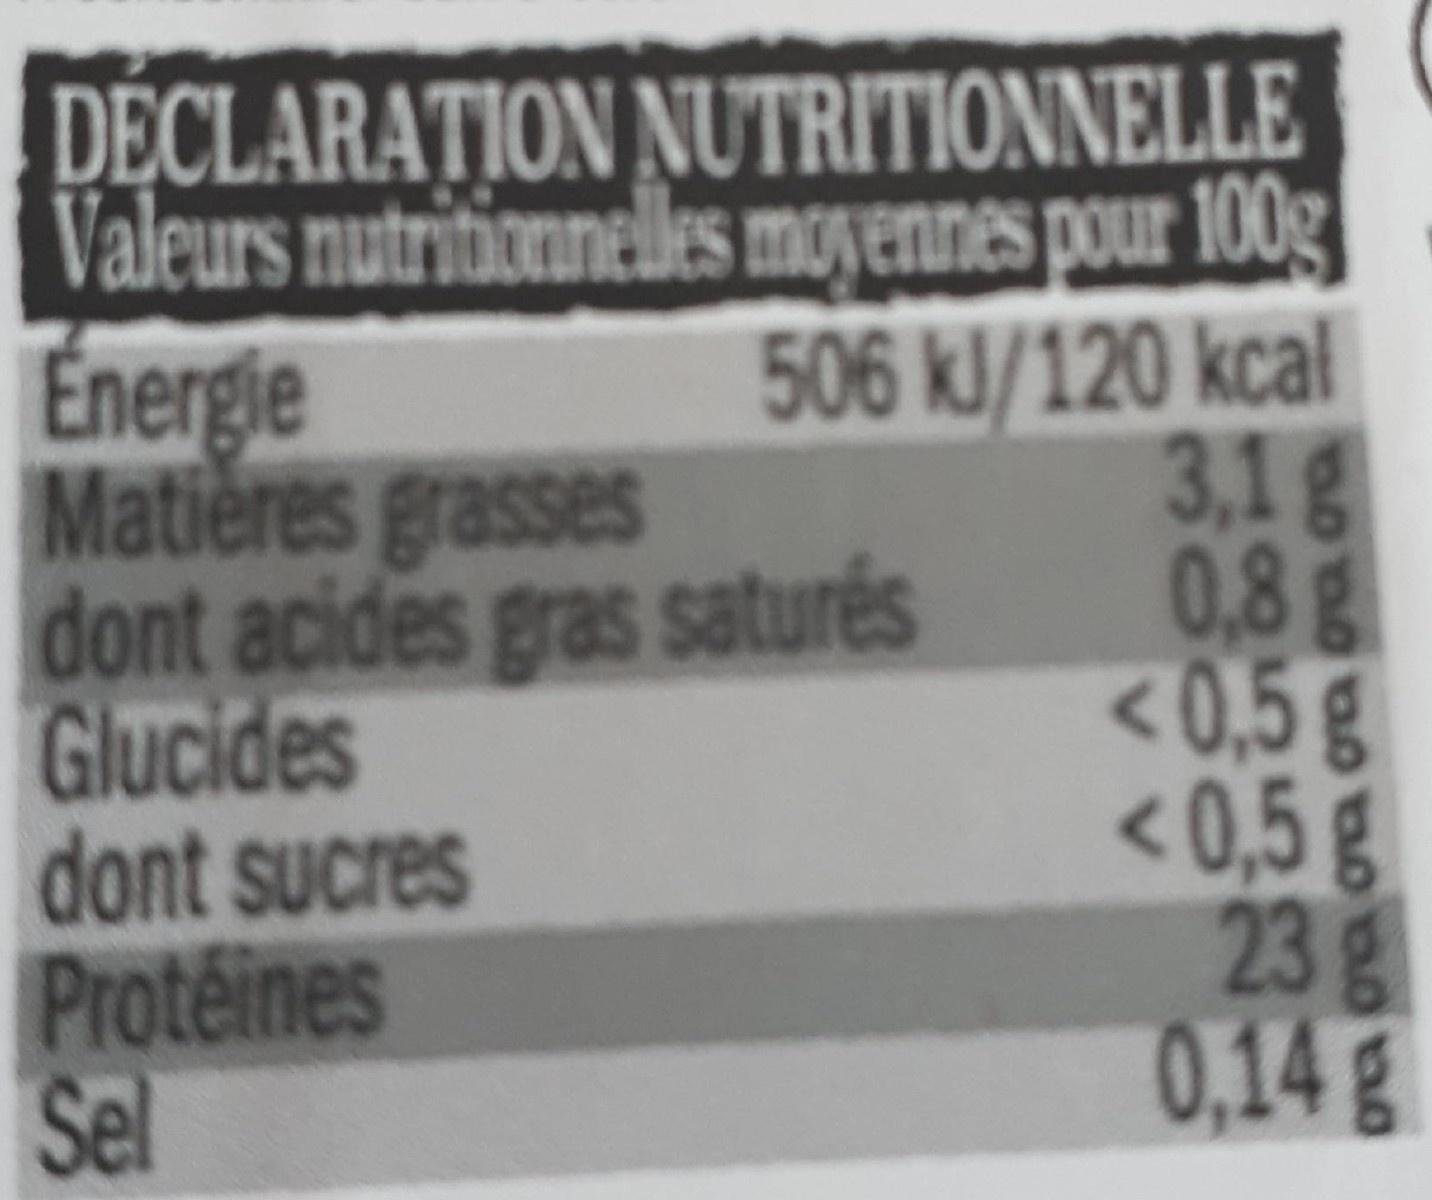
DÉCLARATION NUTRITIONNELLE Valeurs nutritionneles moyennes pour 100g| Énergie Matières grasses dont acides gras saturés Glucides dont sucres Proteines Sel
506kl/120 kcal 3,1g 0,8g <0,5g <0,5g 23g 0,14g